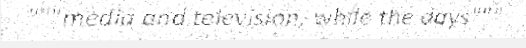
"""media and television, while the days"""